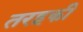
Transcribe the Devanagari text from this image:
तरहकी